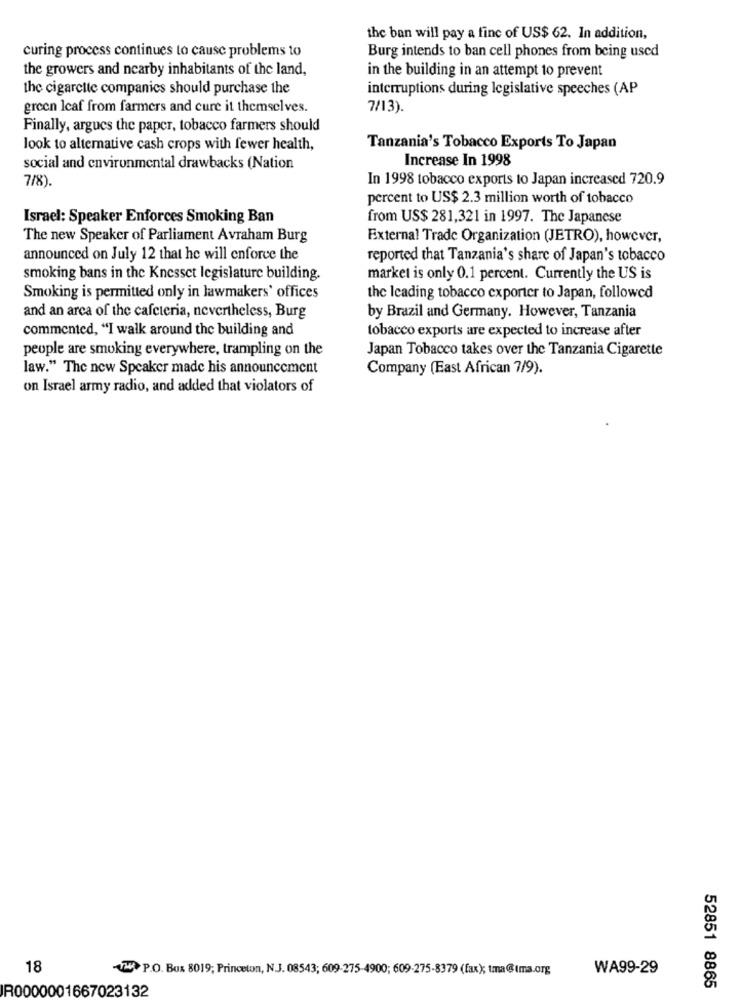
the ban will pay a fine of US$ 62. In addition,
curing process continues to cause problems to
Burg intends to ban cell phones from being used
the growers and nearby inhabitants of the land,
in the building in an attempt to prevent
the cigarette companies should purchase the
interruptions during legislative speeches (AP
green leaf from farmers and cure it themselves.
7/13).
Finally, argues the paper, tobacco farmers should
look to alternative cash crops with fewer health,
Tanzania's Tobacco Exports To Japan
Increase In 1998
social and environmental drawbacks (Nation
7/8).
In 1998 tobacco exports to Japan increased 720.9
percent to US$ 2.3 million worth of tobacco
Israel: Speaker Enforces Smoking Ban
from US$ 281,321 in 1997. The Japanese
The new Speaker of Parliament Avraham Burg
External Trade Organization (JETRO), however,
announced on July 12 that he will enforce the
reported that Tanzania's share of Japan's tobacco
smoking bans in the Knesset legislature building.
market is only 0.1 percent. Currently the US is
Smoking is permitted only in lawmakers' offices
the leading tobacco exporter to Japan, followed
and an arca of the cafeteria, nevertheless, Burg
by Brazil and Germany. However, Tanzania
commented, "I walk around the building and
tobacco exports are expected to increase after
people are smoking everywhere, trampling on the
Japan Tobacco takes over the Tanzania Cigarette
law." The new Speaker made his announcement
Company (East African 7/9).
on Israel army radio, and added that violators of
18
VW P.O. BUx 8019; Princeton, N.J. 08543; 609-275-4900; 609-275-8379 (fax); tma@Ima.org
WA99-29
IR0000001667023132
52851 8865